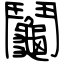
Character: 鬮